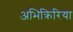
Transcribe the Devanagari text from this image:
अभिक्रिरिया